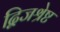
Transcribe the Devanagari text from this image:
द्विजश्रेष्ट